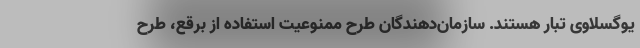
یوگسلاوی تبار هستند. سازمان‌دهندگان طرح ممنوعیت استفاده از برقع، طرح